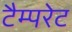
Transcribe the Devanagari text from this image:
टैम्परेट